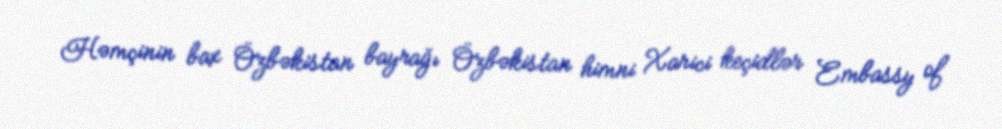
Həmçinin bax Özbəkistan bayrağı Özbəkistan himni Xarici keçidlər Embassy of